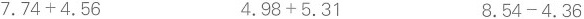
$$7 . 7 4 + 4 . 5 6$$ $$4 . 9 8 + 5 . 3 1$$ $$8. 5 4 - 4 . 3 6$$